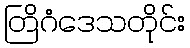
တြိဂံဒေသတိုင်း